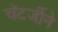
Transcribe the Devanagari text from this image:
चॅटर्जीने